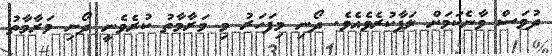
ދުވަސް ވާނެކަމަށް ލަފާކުރެވެއެވެ. ދޯނި މިފަހަރު މި މަރާމާތު ކުރެވެނީ ދޯނި މަރާމާތު